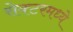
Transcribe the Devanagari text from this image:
सेक्टरमध्ये